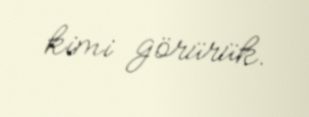
kimi görürük.